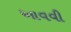
આવવી